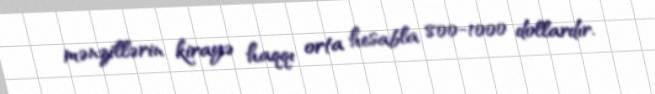
mənzillərin kirayə haqqı orta hesabla 800-1000 dollardır.